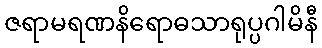
ဇရာမရဏနိရောဓသာရုပ္ပဂါမိနီ